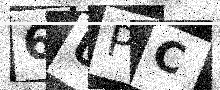
Text: 6UPC